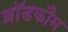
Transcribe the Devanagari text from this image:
ब्रॉडकौम